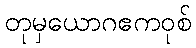
တုမှယောဂဧကဝုစ်